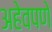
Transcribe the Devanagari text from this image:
अहेवपणे